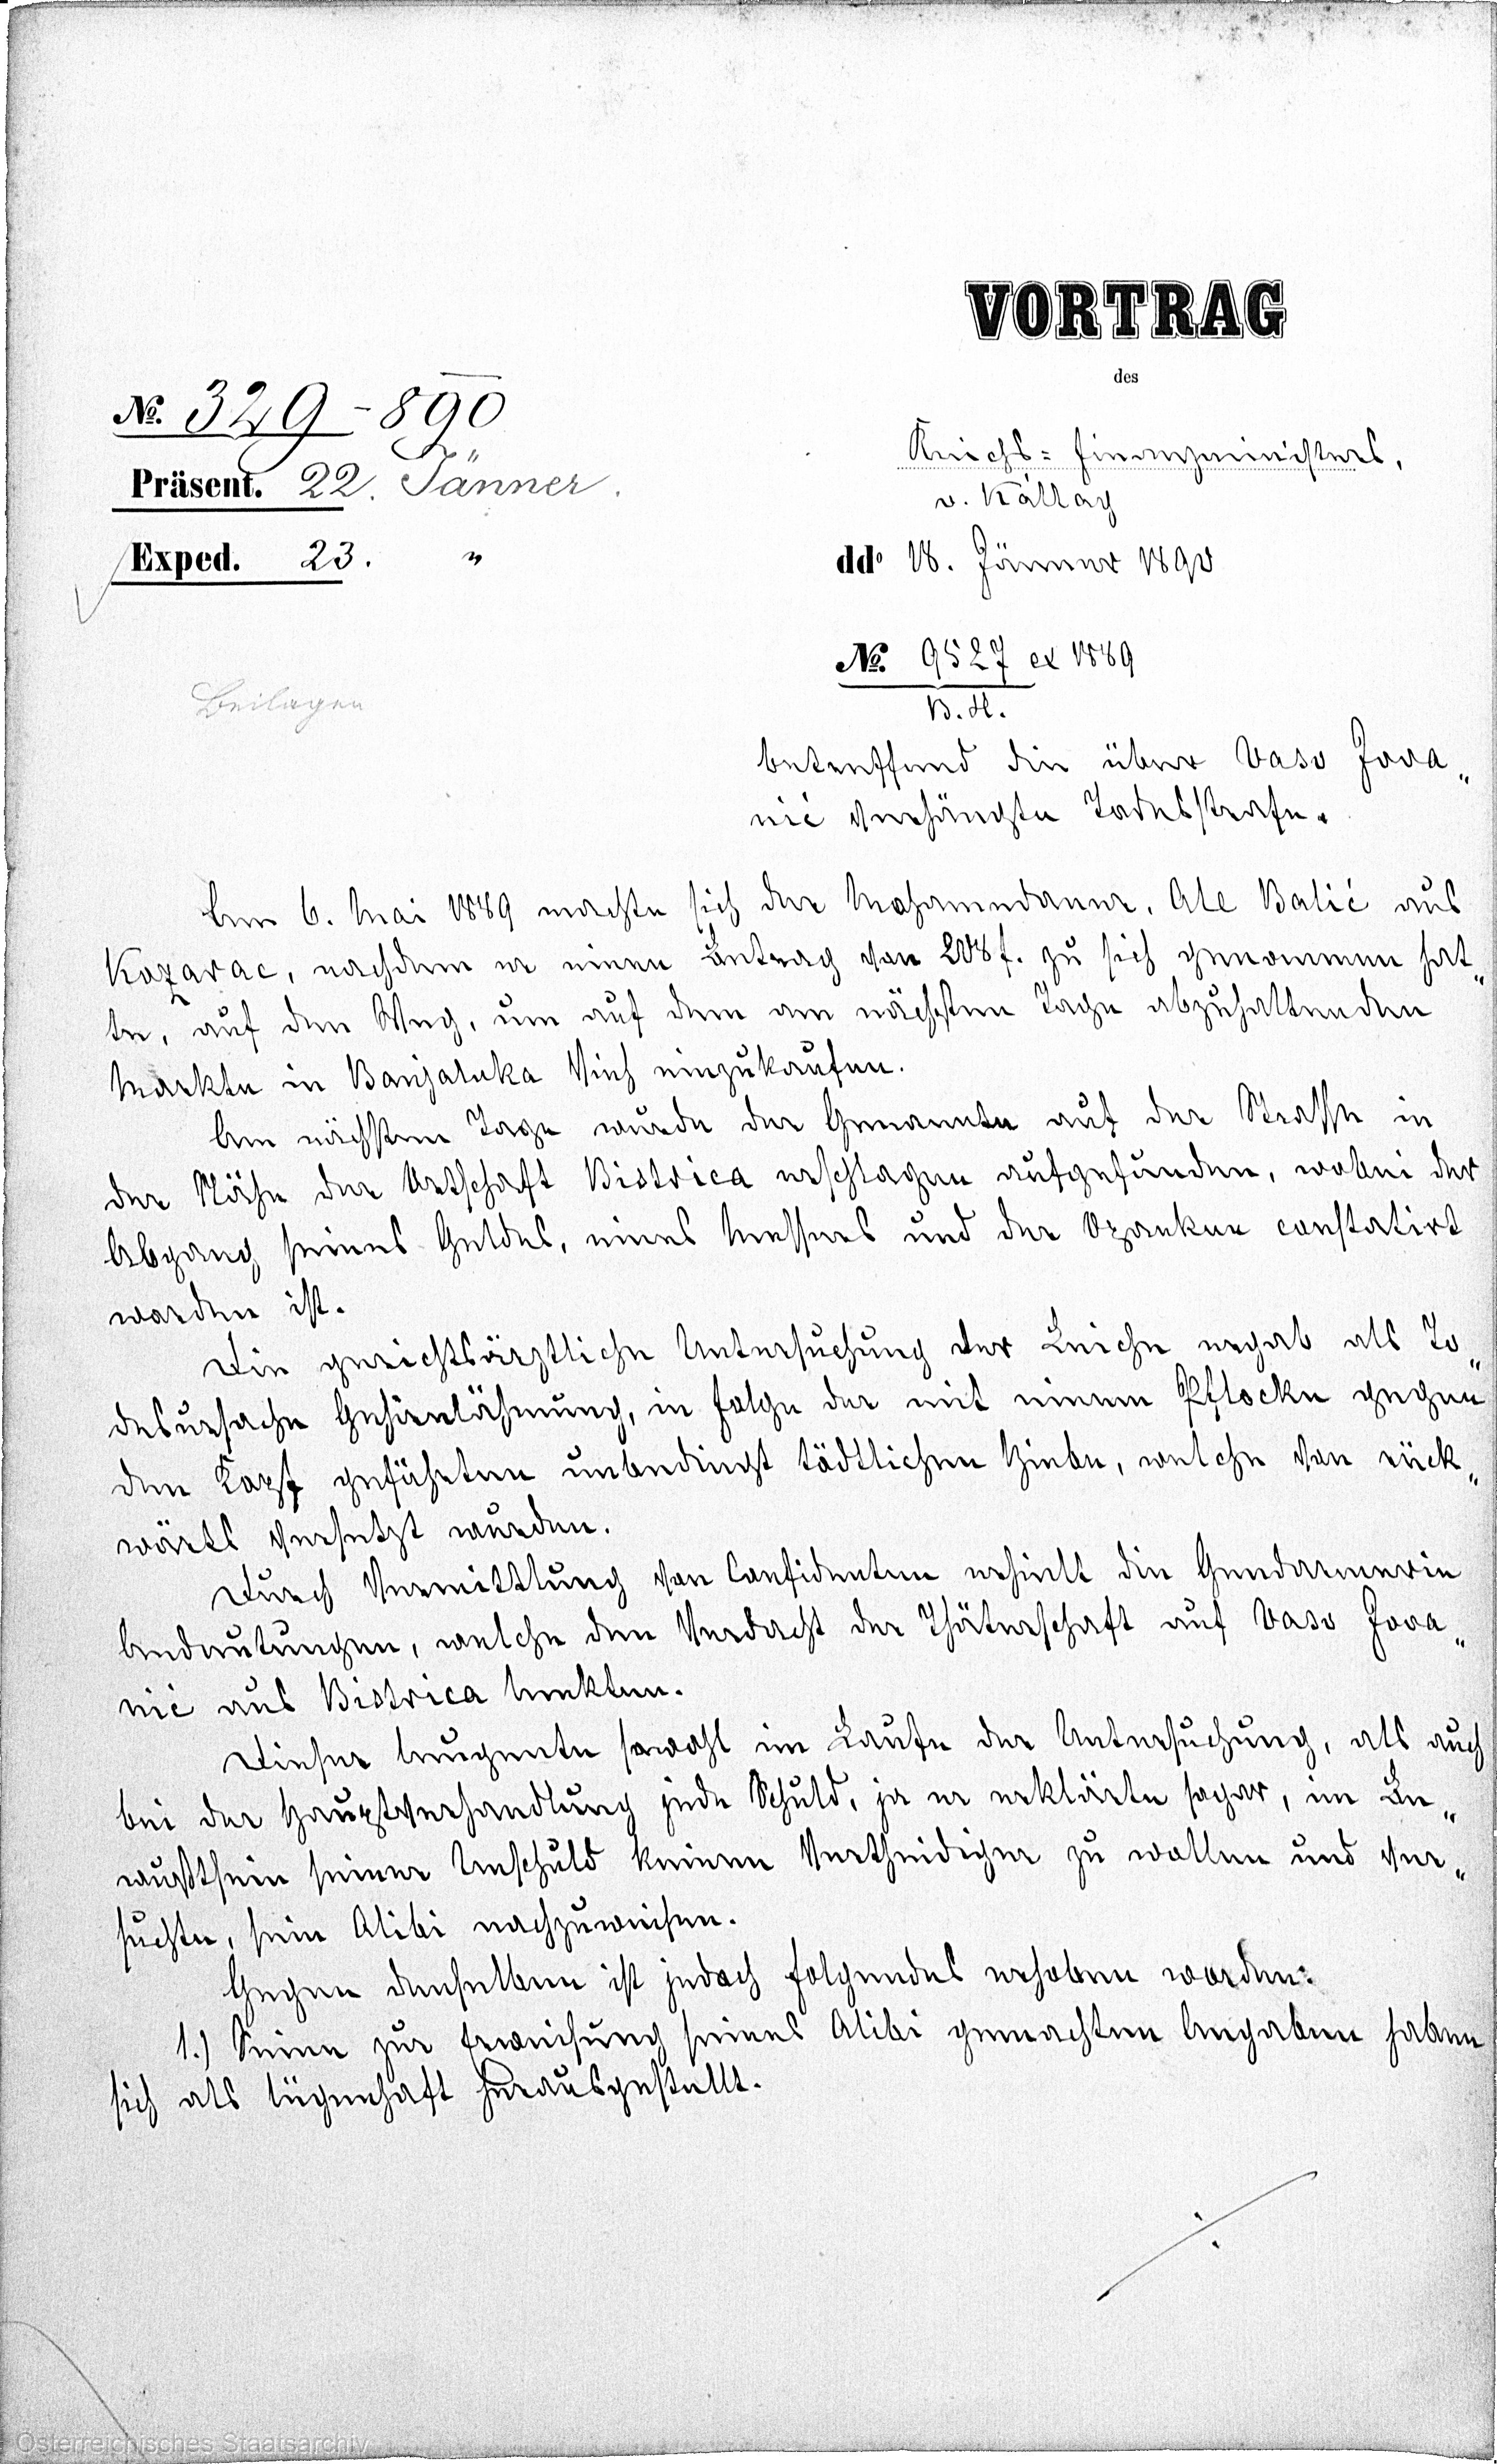
N° 329 - 890
Präsent. 22. Jänner.
Exped. 23. Jänner.
Beilagen

VORTRAG
des
Reichs-Finanzministers,
v. Kállay
dd° 18. Jänner 1890
N° 9527 ex 1889
B.H.
Betreffend die über Vaso Jova¬
nić verhängteTodesstrafe.
Am 6. Mai 1889 machte sich der Mohamedaner. Ale Balić aus
Kozarac, nachdem er einen Betrag von 208f. zu sich genommen hat¬
te, auf den Weg, um auf dem am nächsten Tage abzuhaltenden
Markte in Banjaluka Vieh einzukaufen.
Am nächsten Tage wurde der Genannte auf der Strasse in
der Nähe der OrtschaftBistricaerschlagen aufgefunden, wobei der
Abgang seines Geldes, eines Messers und der Opanken constatirt
worden ist.
Die gerichtsärztliche Untersuchung der Leiche ergab als To¬
desursache Gehirnlähmung,in Folge der mit einem Pflocke gegen
den Kopf geführten unbedingt tödtlichenHiebe, welche von rück¬
wärts versetzt wurden.
Durch Vermittlung von Confidentenerhielt die Gendarmerie
Andeutungen, welche den Verdacht der Thäterschaft auf Vaso Jova¬
nić aus Bistrica lenkten.
Dieser leugnete sowohl im Laufe der Untersuchung, als auch
bei der Hauptverhandlung jede Schuld, ja er erklärte sogar, im Be¬
wußtsein seiner Unschuld keinen Vertheidiger zu wollen und ver¬
suchte, sein Alibi nachzuweisen.
Gegen denselben ist jedoch Folgendes erhoben worden:
1.) Seine zur Erweisung seines Alibi gemachten Angaben haben
sich als lügenhaft herausgestellt.